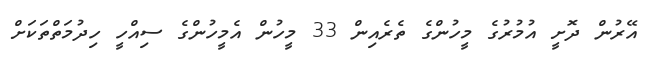
އޭރުން ދޮށީ އުމުރުގެ މީހުންގެ ތެރެއިން 33 މީހުން އެމީހުންގެ ސިއްހީ ހިދުމަތްތަކަށް